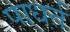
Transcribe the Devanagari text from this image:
पाधर्त